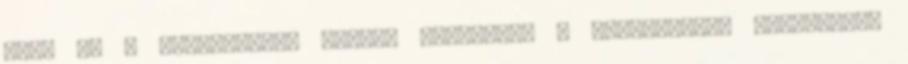
háló és a gyerekszoba között lézengek, a telefonomat ignorálom.